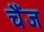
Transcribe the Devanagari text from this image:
चैंज